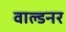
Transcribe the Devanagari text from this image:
वाल्डनर